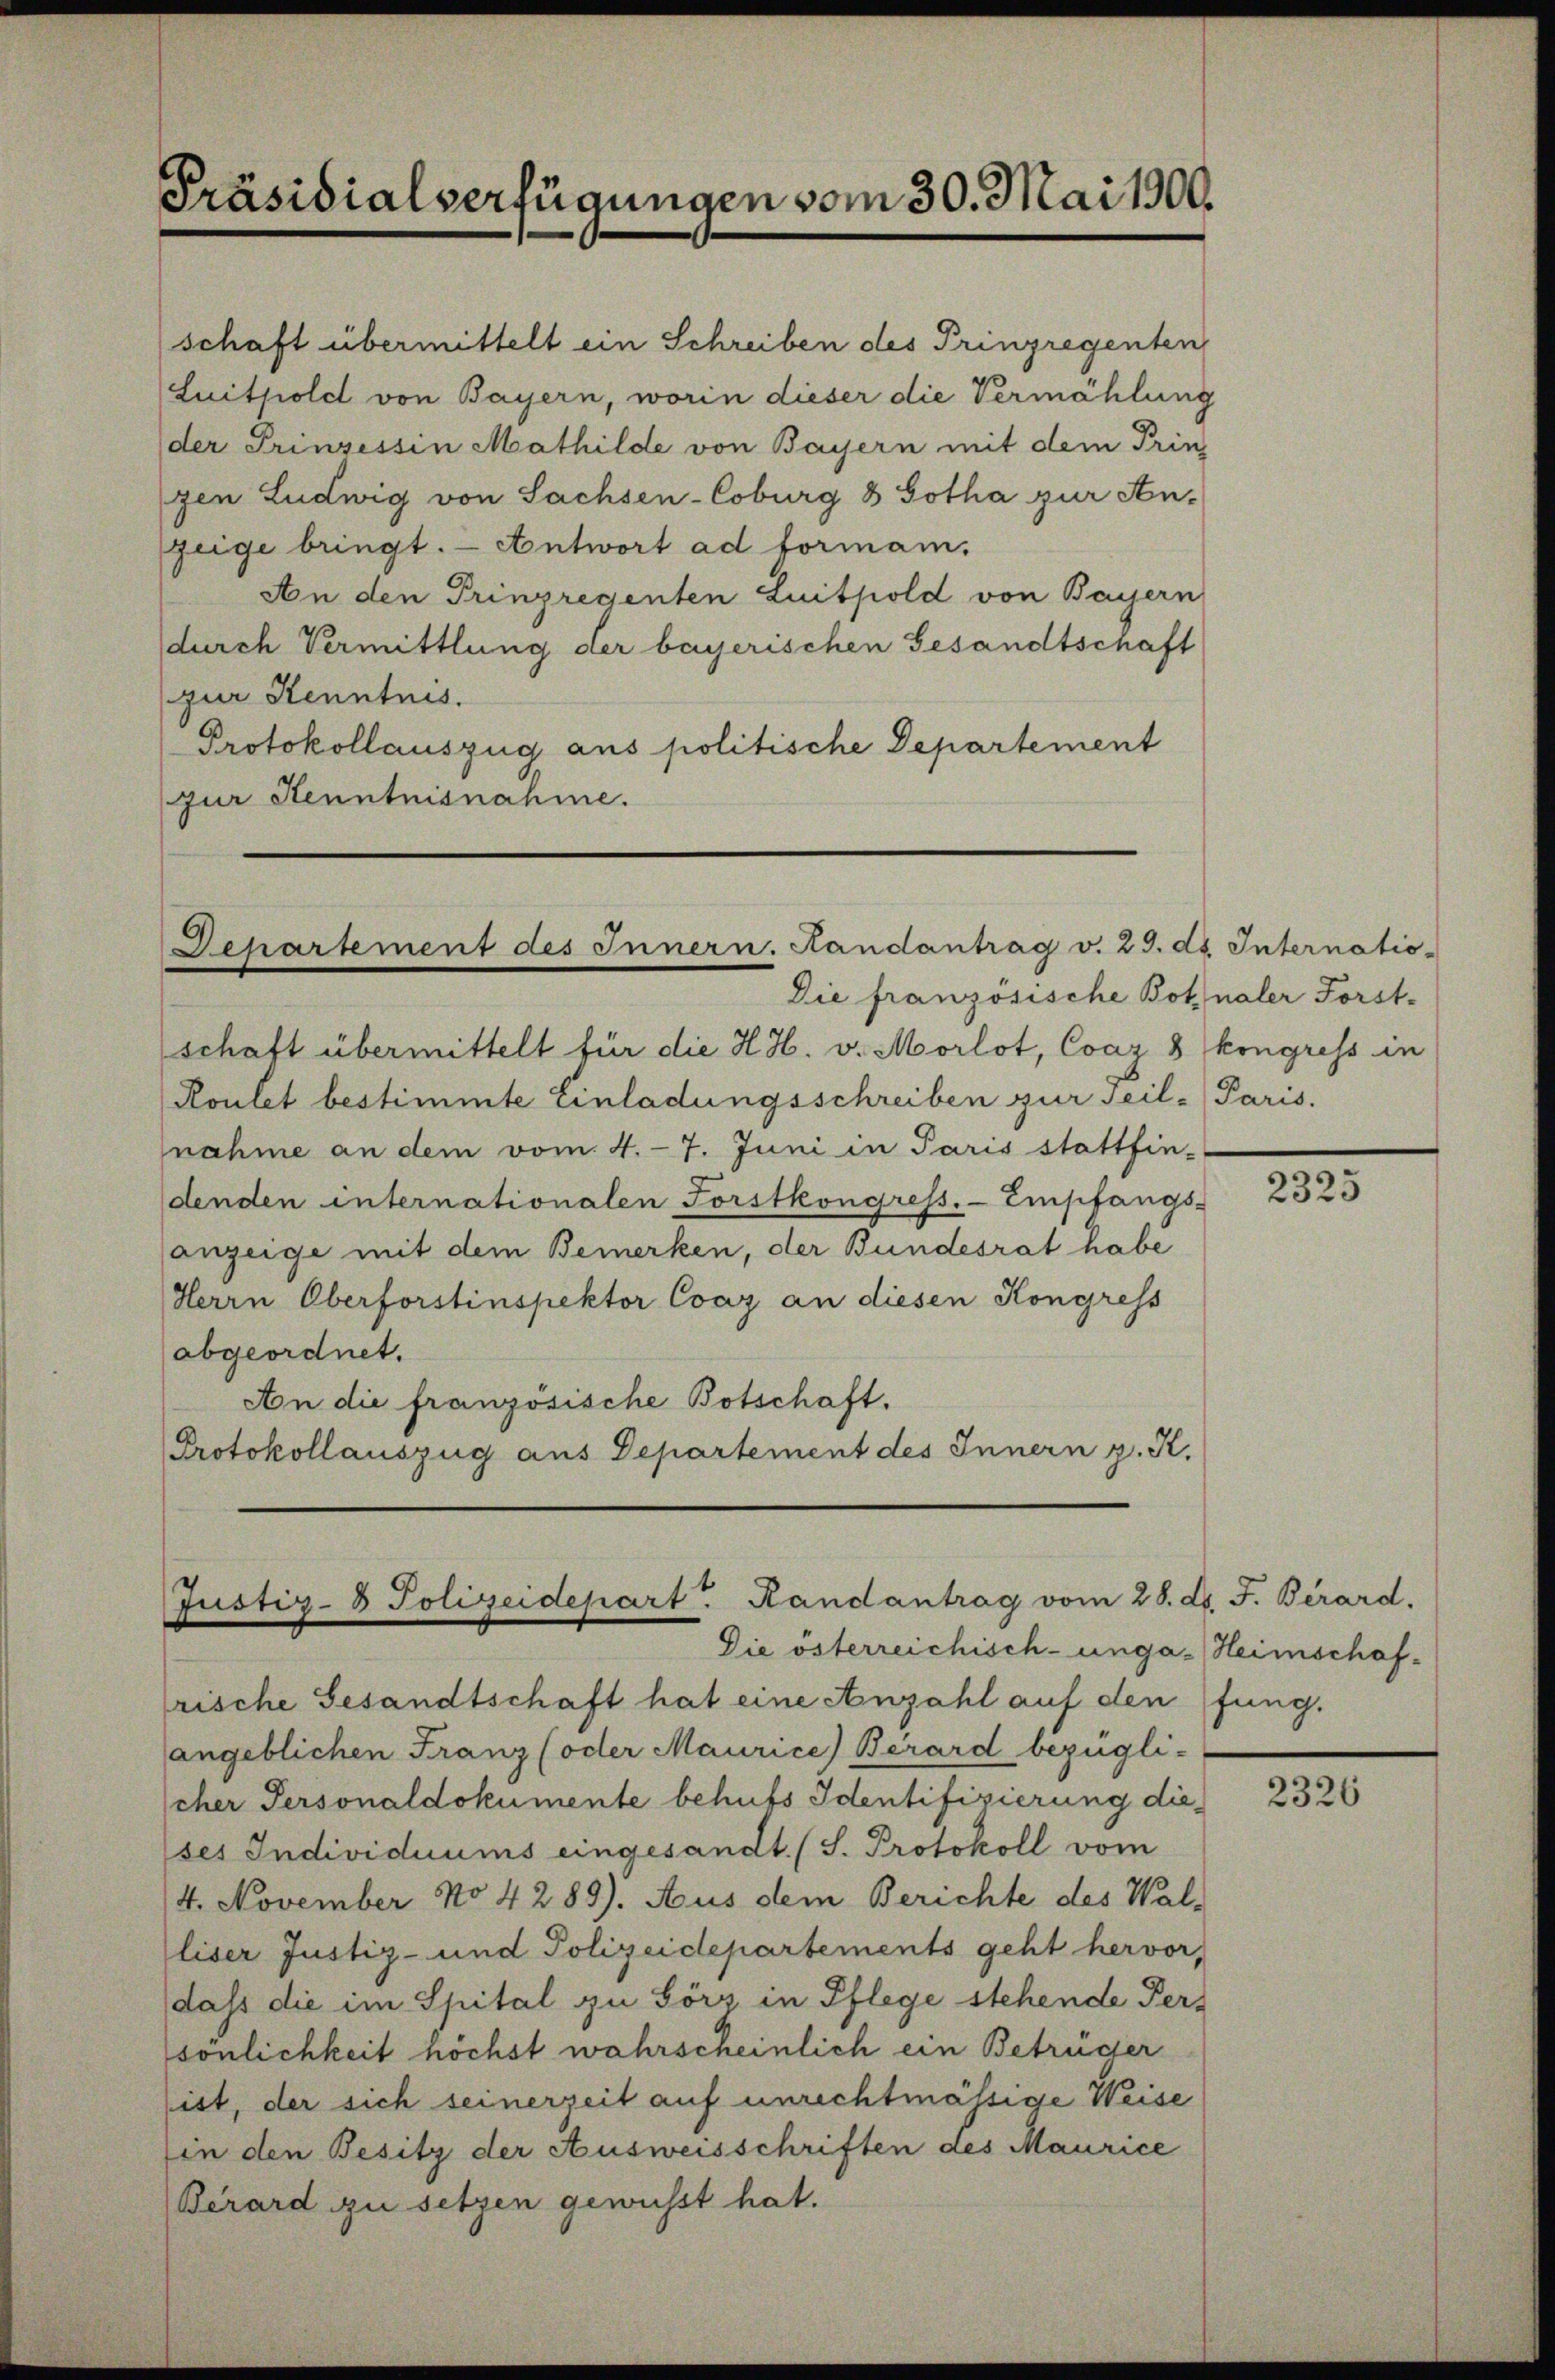
Präsidialverfügungen vom 30. Mai 1900.

Departement des Innern. Randantrag v. 29. ds. Internatio-
Die französische Bot naler Forst-

schaft übermittelt ein Schreiben des Prinzregenten
Luitpold von Bayern, worin dieser die Vermählung
der Prinzessin Mathilde von Bayern mit dem Prin
zen Ludwig von Sachsen-Coburg & Gotha zur An-
zeige bringt. - Antwort ad forman¬
An den Prinzregenten Luitpold von Bayern
durch Vermittlung der bayerischen Gesandtschaft
zur Kenntnis.
Protokollauszug aus politische Departement
zur Kenntnisnahme.

schaft übermittelt für die H. H. v. Morlot, Coaz 8 kongress in
Roulet bestimmte Einladungsschreiben zur Seil-Paris.
nahme an dem vom 4. 7. Juni in Paris stattfin-
denden internationalen Forstkongress. - Empfangs-
anzeige mit dem Bemerken, der Bundesrat habe
Herrn Oberforstinspektor Coaz an diesen Kongress
abgeordnet.
An die französische Botschaft.
Protokollauszug aus Departement des Innern z. K.

Justiz- & Polizeidepart. Randantrag vom 28. d. J. Berard.
Die österreichisch-unga-Heimschaf¬

rische Gesandtschaft hat eine Anzahl auf den fung.
angeblichen Franz (oder Maurice) Berard bezügli-
cher Personaldokumente behufs Identifizierung dieses Individuums eingesandt. (S. Protokoll vom
4. November No 4289). Aus dem Berichte des Walliser Justiz- und Polizeidepartements geht hervor,
dass die im Spital zu Görz in Pflege stehende Pers
sönlichkeit höchst wahrscheinlich ein Betrüger
ist, der sich seinerzeit auf unrechtmässige Weise
(in den Besitz der Ausweisschriften des Maurice
Berard zu setzen gewusst hat.

2325

2326